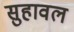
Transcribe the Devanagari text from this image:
सुहावल